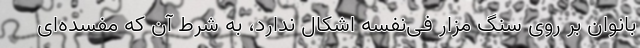
بانوان بر روی سنگ مزار فی‌نفسه اشکال ندارد، به شرط آن که مفسده‌ای